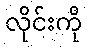
လိုင်းကို